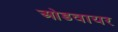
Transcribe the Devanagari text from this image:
ओडवायर